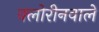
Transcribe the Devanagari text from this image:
क्लोरीनवाले